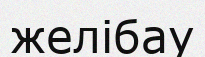
желібау